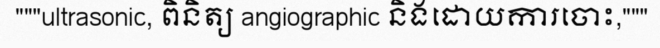
"""ultrasonic, ពិនិត្យ angiographic និងដោយការចោះ,"""